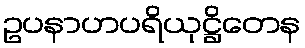
ဥပနာဟပရိယုဋ္ဌိတေန